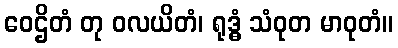
ဝေဌိတံ တု ဝလယိတံ၊ ရုဒ္ဓံ သံဝုတ မာဝုတံ။